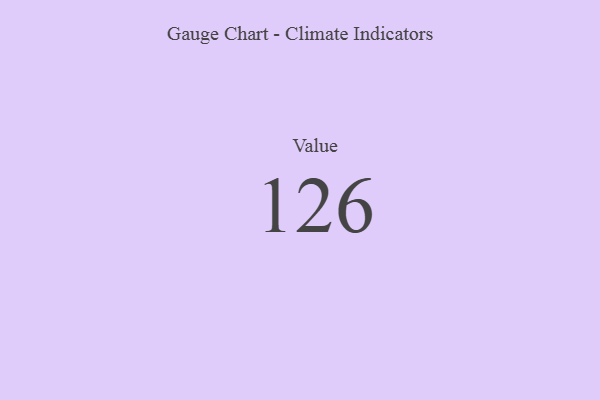
{"axis": {"x": "Metric", "y": "Value"}, "legend": [""], "data": [{"x": "Value", "y": 126, "type": ""}]}